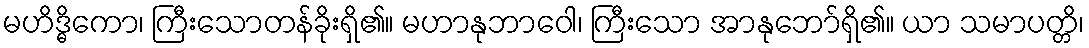
မဟိဒ္ဓိကော၊ ကြီးသောတန်ခိုးရှိ၏။ မဟာနုဘာဝေါ၊ ကြီးသော အာနုဘော်ရှိ၏။ ယာ သမာပတ္တိ၊